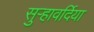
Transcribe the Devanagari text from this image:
सुर्‍हावर्दिया